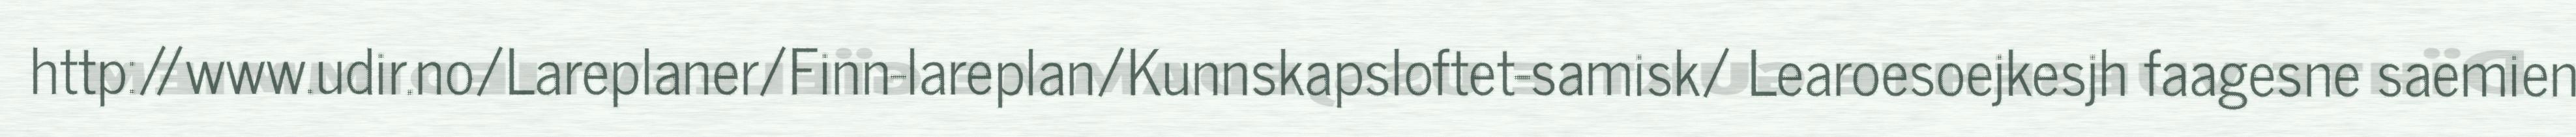
http://www.udir.no/Lareplaner/Finn-lareplan/Kunnskapsloftet-samisk/ Learoesoejkesjh faagesne saemien